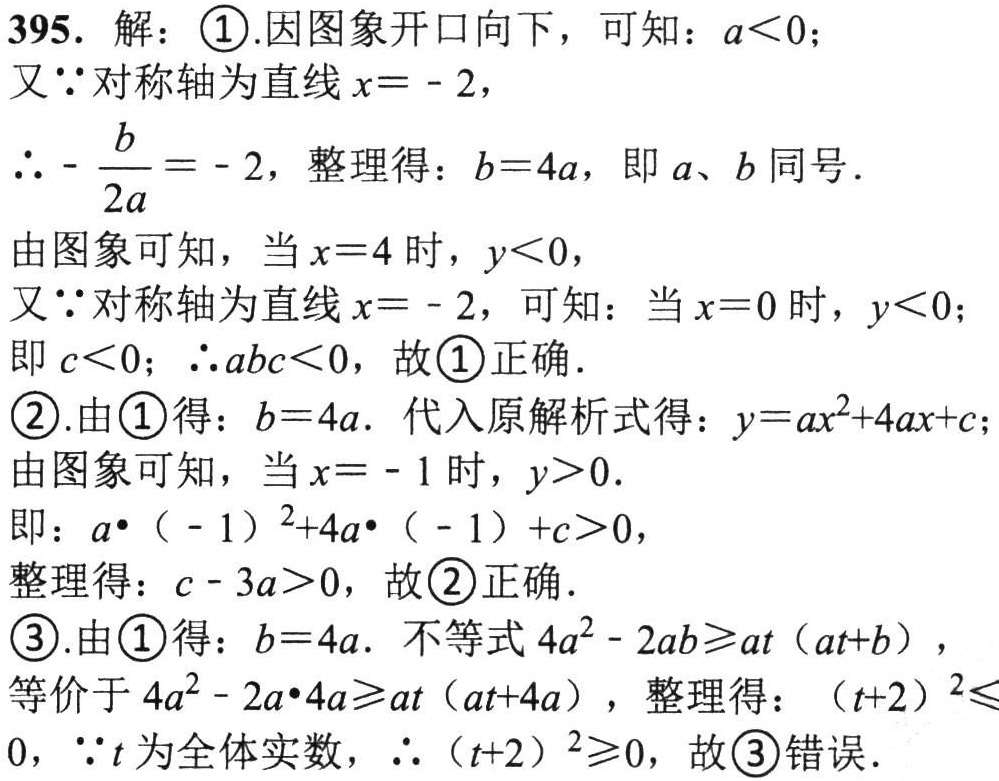
395. 解：

\textcircled{1}. 因图象开口向下，可知：\(a < 0\)；

又\(\because\)对称轴为直线\(x = - 2\)，

\(\therefore -\frac{b}{2a} = - 2\)，整理得：\(b = 4a\)，即\(a\)、\(b\)同号.

由图象可知，当\(x = 4\)时，\(y < 0\)，

又\(\because\)对称轴为直线\(x = - 2\)，可知：当\(x = 0\)时，\(y < 0\)；

即\(c < 0\)；\(\therefore abc<0\)，故\textcircled{1}正确.

\textcircled{2}. 由\textcircled{1}得：\(b = 4a\). 代入原解析式得：\(y = ax^{2}+4ax + c\)；

由图象可知，当\(x = - 1\)时，\(y>0\).

即：\(a\cdot(-1)^{2}+4a\cdot(-1)+c > 0\)，

整理得：\(c - 3a>0\)，故\textcircled{2}正确.

\textcircled{3}. 由\textcircled{1}得：\(b = 4a\). 不等式\(4a^{2}-2ab\geqslant at(at + b)\)，

等价于\(4a^{2}-2a\cdot4a\geqslant at(at + 4a)\)，整理得：\((t + 2)^{2}\leqslant0\)，\(\because t\)为全体实数，\(\therefore(t + 2)^{2}\geqslant0\)，故\textcircled{3}错误.